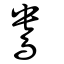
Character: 鴦